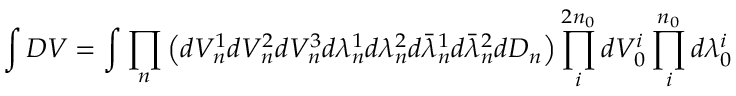
\int { \cal D } V = \int \prod _ { n } \left( d V _ { n } ^ { 1 } d V _ { n } ^ { 2 } d V _ { n } ^ { 3 } d \lambda _ { n } ^ { 1 } d \lambda _ { n } ^ { 2 } d \bar { \lambda } _ { n } ^ { 1 } d \bar { \lambda } _ { n } ^ { 2 } d D _ { n } \right) \prod _ { i } ^ { 2 n _ { 0 } } d V _ { 0 } ^ { i } \prod _ { i } ^ { n _ { 0 } } d \lambda _ { 0 } ^ { i }